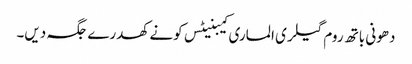
دھونی باتھ روم گیلری الماری کیبنیٹس کونے کھدرے جگہ دیں۔